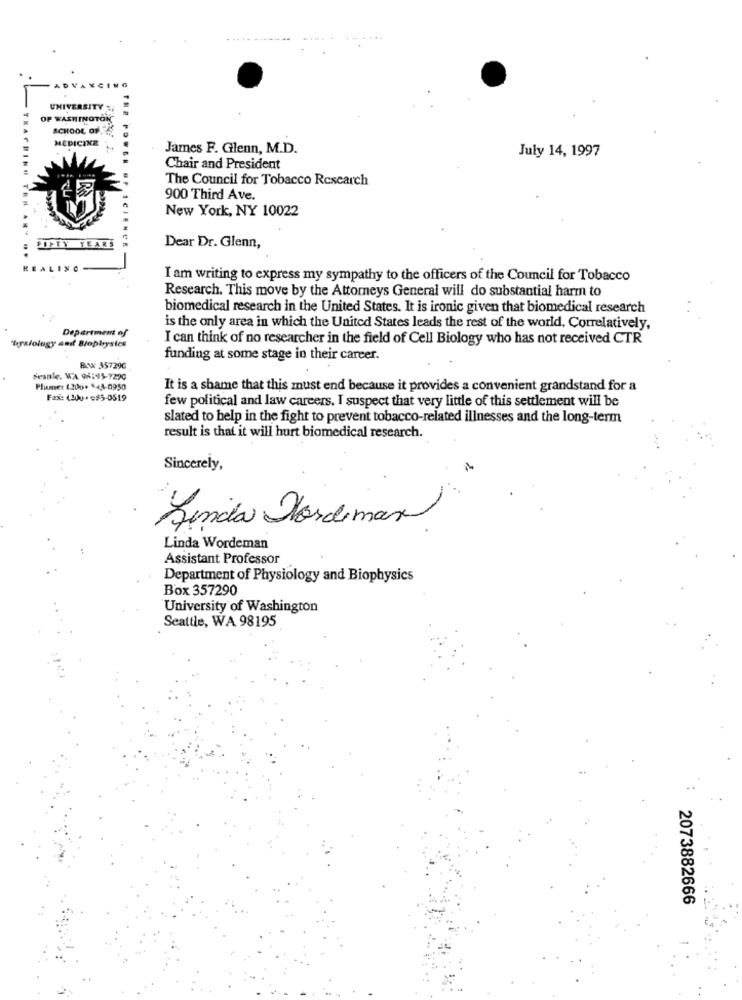
ADVANCING
UNIVERSITY %,
OP WASHINGTON
SCHOOL OFE
MEDICINE
James F. Glenn, M.D.
July 14, 1997
Chair and President
The Council for Tobacco Research
900 Third Ave.
New York, NY 10022
FIFTY YEARS
Dear Dr. Glenn,
I am writing to express my sympathy to the officers of the Council for Tobacco
Research. This move by the Attorneys General will do substantial harm to
biomedical research in the United States. It is ironic given that biomedical research
Department of
is the only area in which the United States leads the rest of the world, Correlatively,
I can think of no researcher in the field of Cell Biology who has not received CTR
'bratology and Biophysics
funding at some stage in their career.
Box 357290
Seanle, WA 96:95-7220
Phone: (200. $43-0950
It is a shame that this must end because it provides a convenient grandstand for a
Fax: (200* = $5-0519
few political and law careers. I suspect that very little of this settlement will be
slated to help in the fight to prevent tobacco-related illnesses and the long-term
result is that it will hurt biomedical research.
Sincerely,
Linda Vordemas
Linda Wordeman
Assistant Professor
Department of Physiology and Biophysics
Box 357290
University of Washington
Seattle, WA 98195
2073882666
..